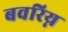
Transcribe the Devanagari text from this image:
बवरिय्न